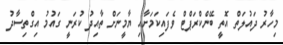
މިހާރު ދައުލަތް އޮތީ ބޭންކްރަޕްޓް ވެފައިކަމަށާއި ޔާމީނަށް ތާއިދު ކުރަނީ ގައުމު އިގްތިސާދު